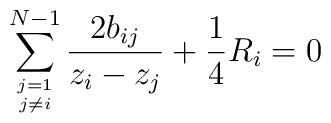
\sum_{j=1\atop j\not=i}^{N-1}{2b_{ij}\over z_i-z_j} +{1 \over 4} R_i =0